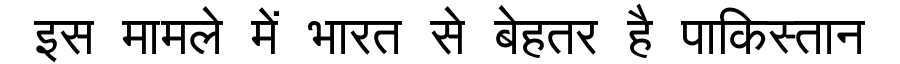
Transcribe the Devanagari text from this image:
इस मामले में भारत से बेहतर है पाकिस्तान